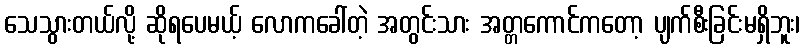
သေသွားတယ်လို့ ဆိုရပေမယ့် လောကခေါ်တဲ့ အတွင်းသား အတ္တကောင်ကတော့ ပျက်စီးခြင်းမရှိဘူး၊